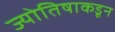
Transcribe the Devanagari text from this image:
ज्योतिषाकडून